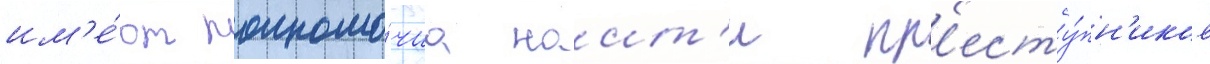
им'е́ют полномо́чиа наит'и пр'есту́пн'иков